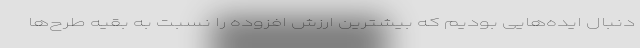
دنبال ایده‌هایی بودیم که بیشترین ارزش افزوده را نسبت به بقیه طرح‌ها